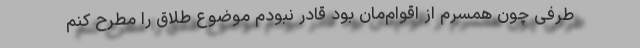
طرفی چون همسرم از اقوام‌مان بود قادر نبودم موضوع طلاق را مطرح کنم